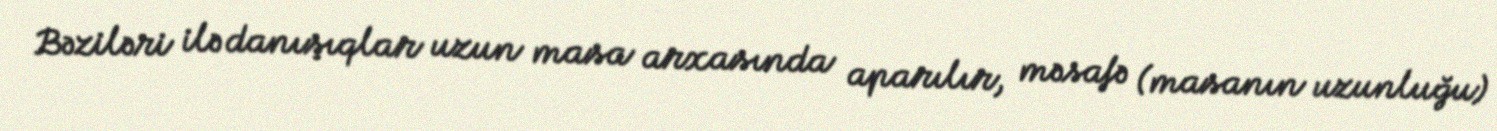
Bəziləri ilə danışıqlar uzun masa arxasında aparılır, məsafə (masanın uzunluğu)